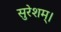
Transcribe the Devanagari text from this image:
सुरेशम्।